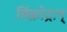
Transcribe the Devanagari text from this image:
सिंक्रोट्रान्